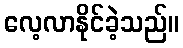
လေ့လာနိုင်ခဲ့သည်။